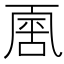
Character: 𠁈